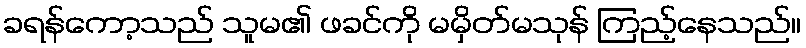
ခရန်ကော့သည် သူမ၏ ဖခင်ကို မမှိတ်မသုန် ကြည့်နေသည်။